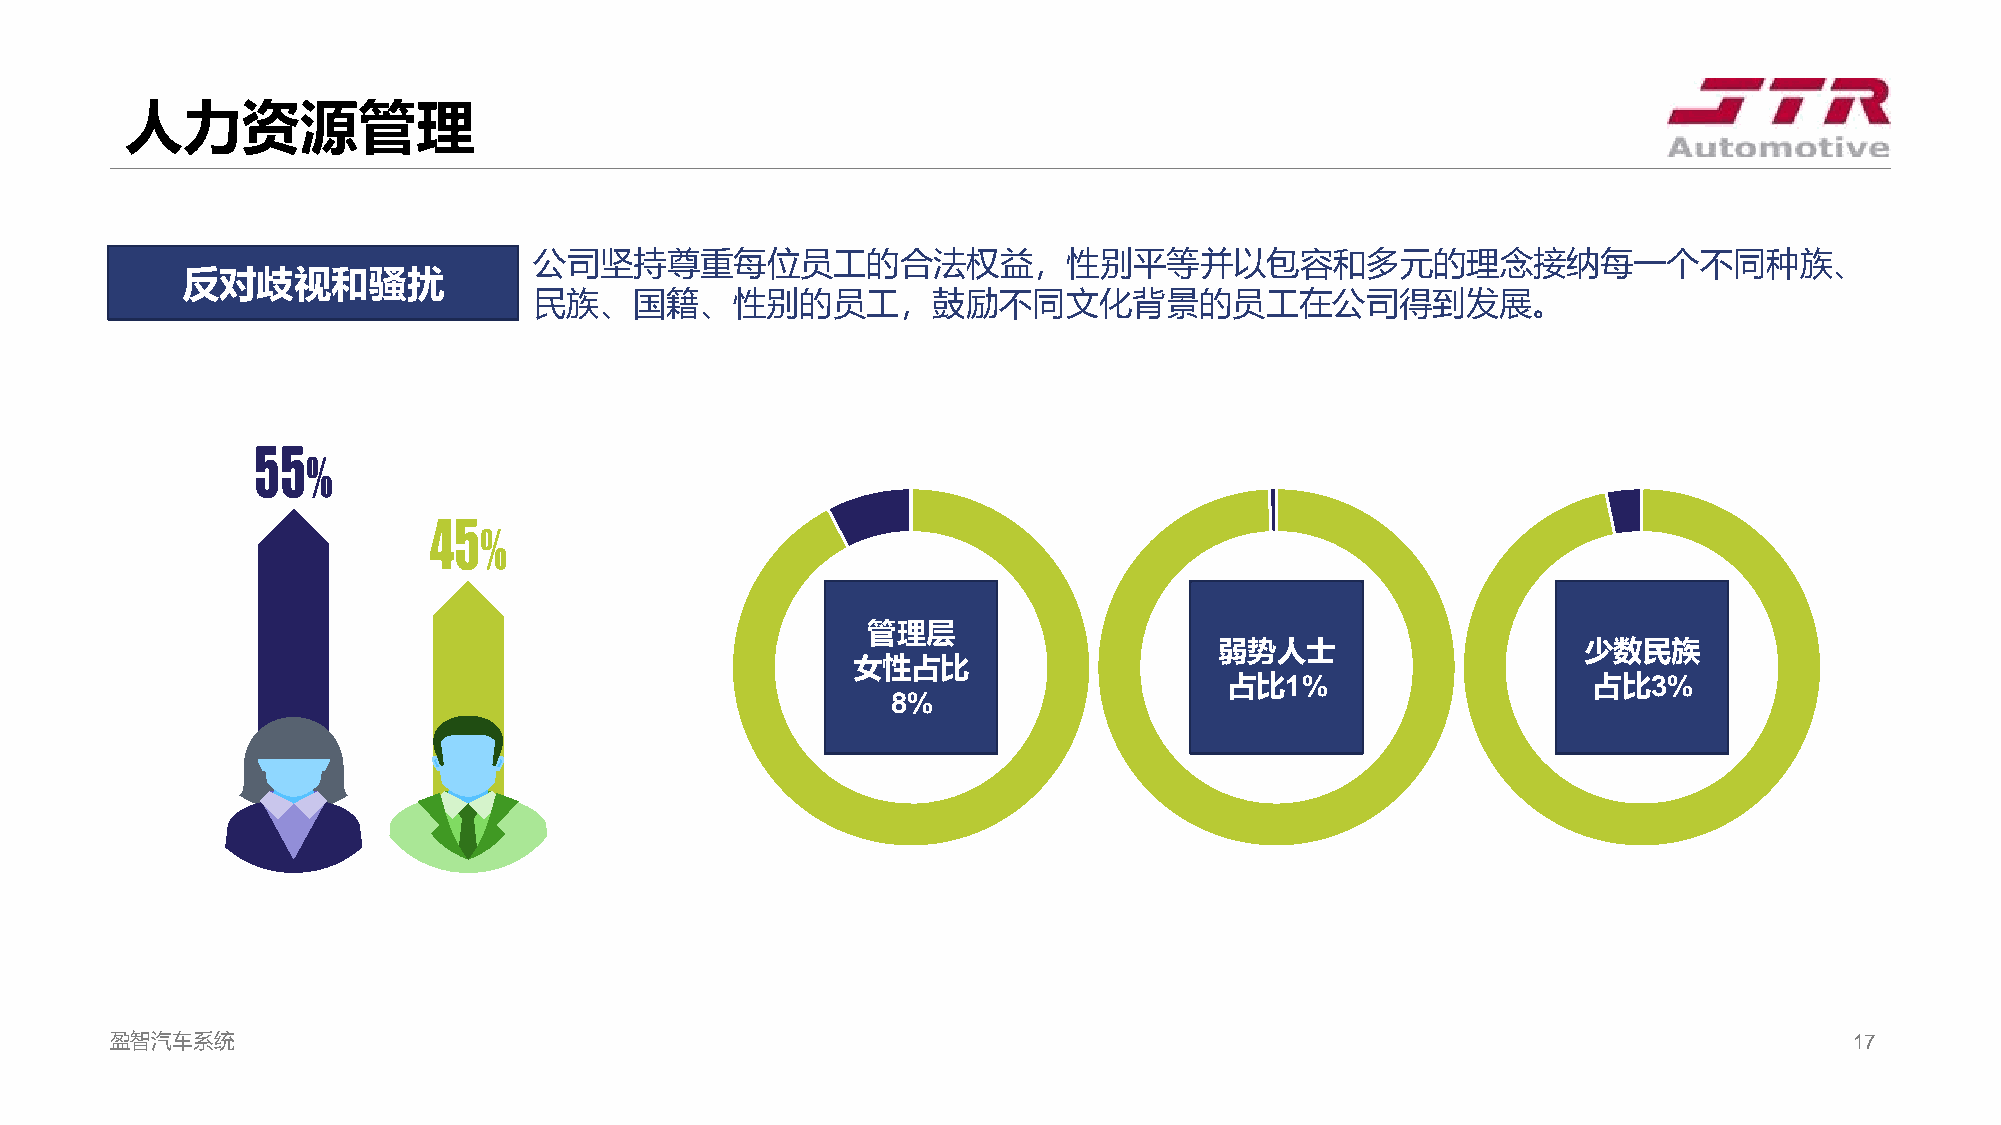
人力资源管理
 公司坚持尊重每位员工的合法权益，性别平等并以包容和多元的理念接纳每一个不同种族、
 反对歧视和骚扰
 民族、国籍、性别的员工，鼓励不同文化背景的员工在公司得到发展。
 管理层
 弱势人士                    少数民族
 女性占比
 占比1%                    占比3%
 8%
 盈智汽车系统                                                                                                              17